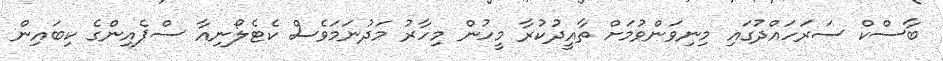
ބާސްކް ސަރަހައްދުގައި މިނިވަންވުމަށް ތާއީދުކުރާ މީހުން މިހާރު މަދުނަމަވެސް ކެޓެލޯނިއާ ސްޕެއިންގެ ކިބައިން